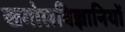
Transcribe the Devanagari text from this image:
खगोलविज्ञानियों